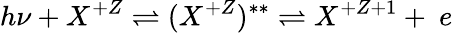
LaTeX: h\nu+X^{+Z}\rightleftharpoons(X^{+Z})^{**}\rightleftharpoons X^{+Z+1}+~e